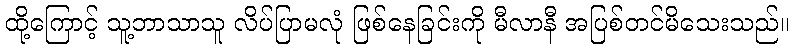
ထို့ကြောင့် သူ့ဘာသာသူ လိပ်ပြာမလုံ ဖြစ်နေခြင်းကို မီလာနီ အပြစ်တင်မိသေးသည်။